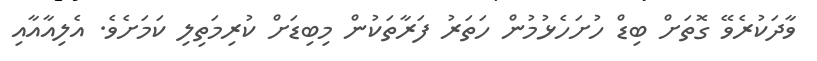
ވާދަކުރެވޭ ގޮތަށް ބިޑް ހުށަހެޅުމުން ހަތަރު ފަރާތަކުން މިބިޑަށް ކުރިމަތިލި ކަމަށެވެ. އެލިއާއާއި